Civil Veterinary Dept. Assam report 1911-1927 - 1911-1927
Year: 1911
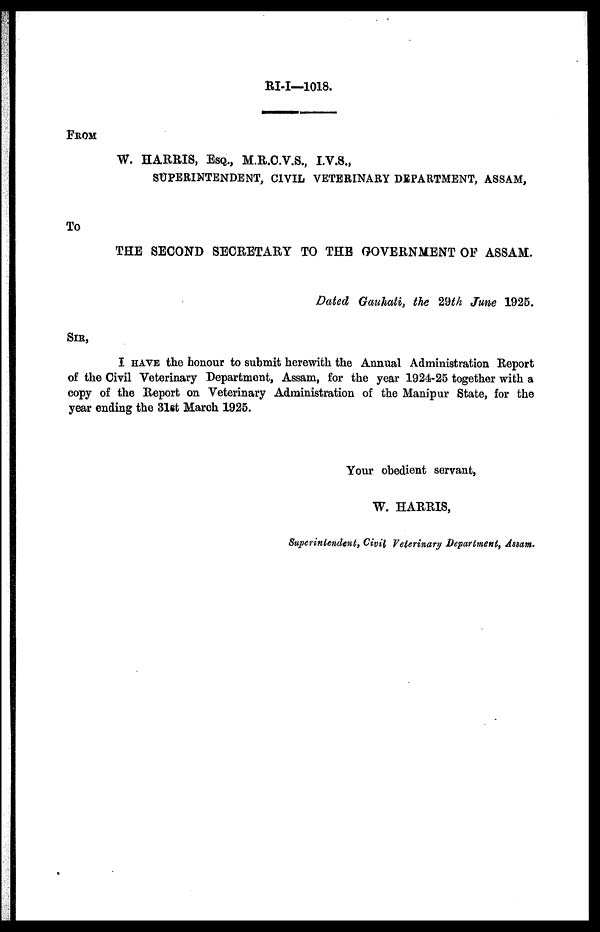
RI-I—1018.
FROM
W. HARRIS, ESQ., M.R.C.V.S., I.V.S.,
SUPERINTENDENT, CIVIL VETERINARY DEPARTMENT, ASSAM,
To
THE SECOND SECRETARY TO THE GOVERNMENT OF ASSAM.
Dated Gauhati, the 29th June 1925.
SIR,
I HAVE the honour to submit herewith the Annual Administration Report
of the Civil Veterinary Department, Assam, for the year 1924-25 together with a
copy of the Report on Veterinary Administration of the Manipur State, for the
year ending the 31st March 1925.
Your obedient servant,
W. HARRIS,
Superintendent, Civil Veterinary Department, Assam.